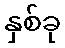
နှစ်ခု